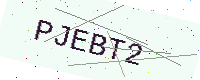
Text: PJEBT2